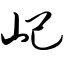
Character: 屺